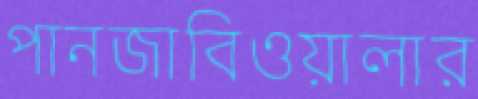
পানজাবিওয়ালার